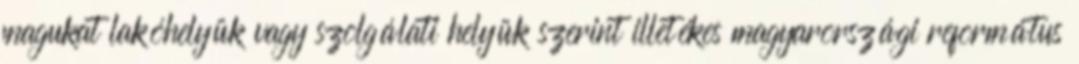
magukat lakóhelyük vagy szolgálati helyük szerint illetékes magyarországi református